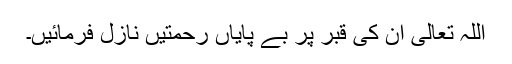
اللہ تعالیٰ ان کی قبر پر بے پایاں رحمتیں نازل فرمائیں۔